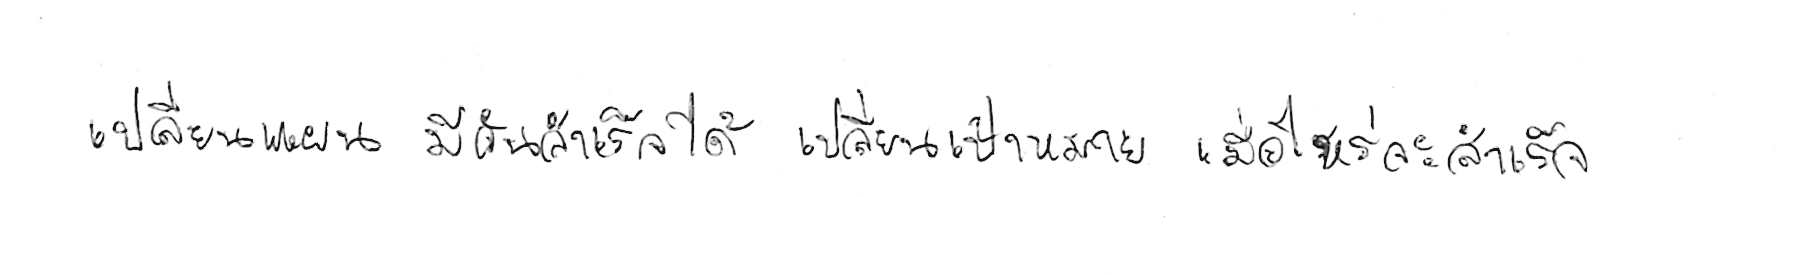
เปลี่ยนแผน มีวันสำเร็จได้ เปลี่ยนเป้าหมาย เมื่อไหร่จะสำเร็จ